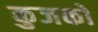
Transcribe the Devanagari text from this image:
कुजको